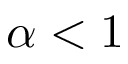
\alpha < 1